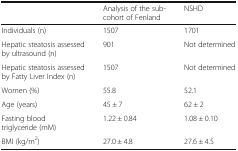
<table><thead><tr><td></td><td><b>Analysis of the sub-cohort of Fenland</b></td><td><b>NSHD</b></td></tr></thead><tbody><tr><td>Individuals (n)</td><td>1507</td><td>1701</td></tr><tr><td>Hepatic steatosis assessed by ultrasound (n)</td><td>901</td><td>Not determined</td></tr><tr><td>Hepatic steatosis assessed by Fatty Liver Index (n)</td><td>1507</td><td>Not determined</td></tr><tr><td>Women (%)</td><td>55.8</td><td>52.1</td></tr><tr><td>Age (years)</td><td>45 ± 7</td><td>62 ± 2</td></tr><tr><td>Fasting blood triglyceride (mM)</td><td>1.22 ± 0.84</td><td>1.08 ± 0.10</td></tr><tr><td>BMI (kg/m<sup>2</sup>)</td><td>27.0 ± 4.8</td><td>27.6 ± 4.5</td></tr></tbody></table>